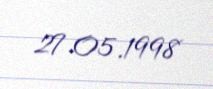
27.05.1998